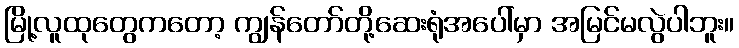
မြို့လူထုတွေကတော့ ကျွန်တော်တို့ဆေးရုံအပေါ်မှာ အမြင်မလွဲပါဘူး။